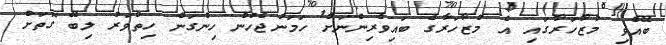
ބޭއްވި މުޒާހަރާގައި އެ މުޒާހަރާގެ ބައިވެރިންނަށް ހަމަނުޖެހުން ހިންގަން ހިތްވަރު ލިބޭ ގޮތަށް